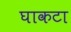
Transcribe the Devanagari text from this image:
घाकटा